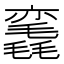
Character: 𰚳